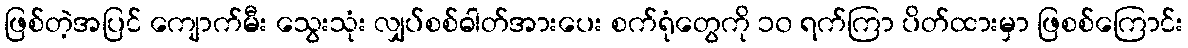
ဖြစ်တဲ့အပြင် ကျောက်မီး သွေးသုံး လျှပ်စစ်ဓါတ်အားပေး စက်ရုံတွေကို ၁၀ ရက်ကြာ ပိတ်ထားမှာ ဖြစစ်ကြောင်း